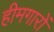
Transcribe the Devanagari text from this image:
हीमगारों